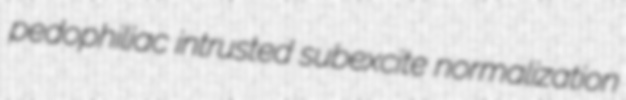
pedophiliac intrusted subexcite normalization